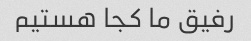
رفیق ما کجا هستیم